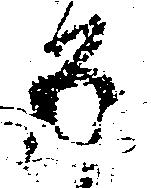
五